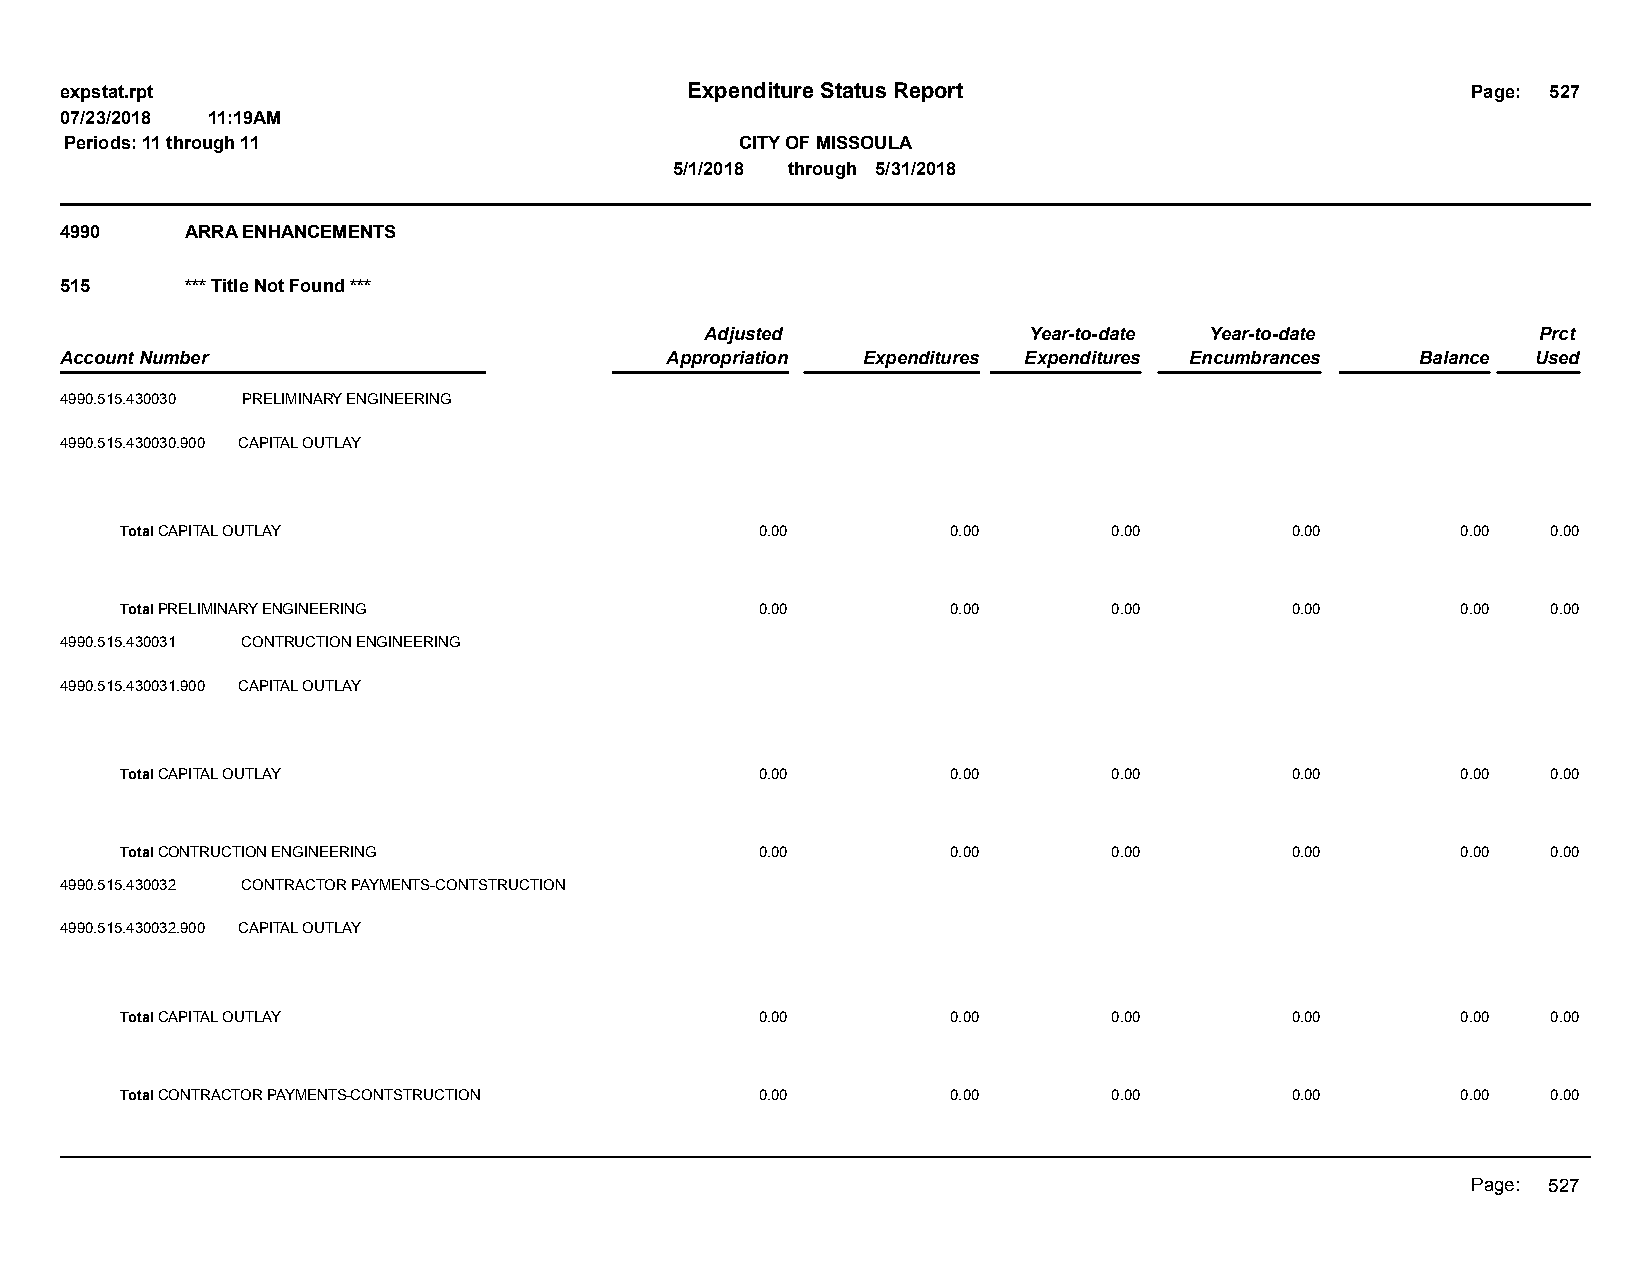
expstat.rpt                              Expenditure Status Report                           Page: 527
 07/23/2018 11:19AM
 Periods: 11 through 11                       CITY OF MISSOULA
 5/1/2018 through 5/31/2018
 4990    ARRA ENHANCEMENTS
 515     *** Title Not Found ***
 Adjusted             Year-to-date Year-to-date         Prct
 Account Number                          Appropriation Expenditures Expenditures Encumbrances Balance Used
 4990.515.430030 PRELIMINARY ENGINEERING
 4990.515.430030.900 CAPITAL OUTLAY
 Total CAPITAL OUTLAY                      0.00         0.00       0.00       0.00        0.00  0.00
 Total PRELIMINARY ENGINEERING             0.00         0.00       0.00       0.00        0.00  0.00
 4990.515.430031 CONTRUCTION ENGINEERING
 4990.515.430031.900 CAPITAL OUTLAY
 Total CAPITAL OUTLAY                      0.00         0.00       0.00       0.00        0.00  0.00
 Total CONTRUCTION ENGINEERING             0.00         0.00       0.00       0.00        0.00  0.00
 4990.515.430032 CONTRACTOR PAYMENTS-CONTSTRUCTION
 4990.515.430032.900 CAPITAL OUTLAY
 Total CAPITAL OUTLAY                      0.00         0.00       0.00       0.00        0.00  0.00
 Total CONTRACTOR PAYMENTS-CONTSTRUCTION   0.00         0.00       0.00       0.00        0.00  0.00
 Page: 527